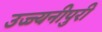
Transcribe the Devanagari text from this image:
उज्ज्यनीपुरी